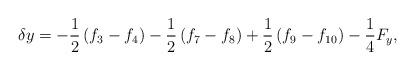
LaTeX: \begin{align*}\delta y = - \frac{1}{2}\left( {{f_3} - {f_4}} \right) - \frac{1}{2}\left( {{f_7} - {f_8}} \right) + \frac{1}{2}\left( {{f_9} - {f_{10}}} \right) - \frac{1}{4}{F_y},\end{align*}